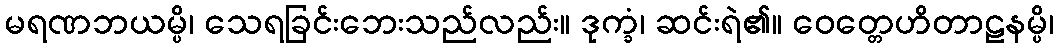
မရဏဘယမ္ပိ၊ သေရခြင်းဘေးသည်လည်း။ ဒုက္ခံ၊ ဆင်းရဲ၏။ ဝေတ္တေဟိတာဠနမ္ပိ၊